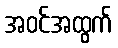
အဝင်အထွက်